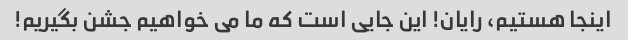
اینجا هستیم، رایان! این جایی است که ما می خواهیم جشن بگیریم!